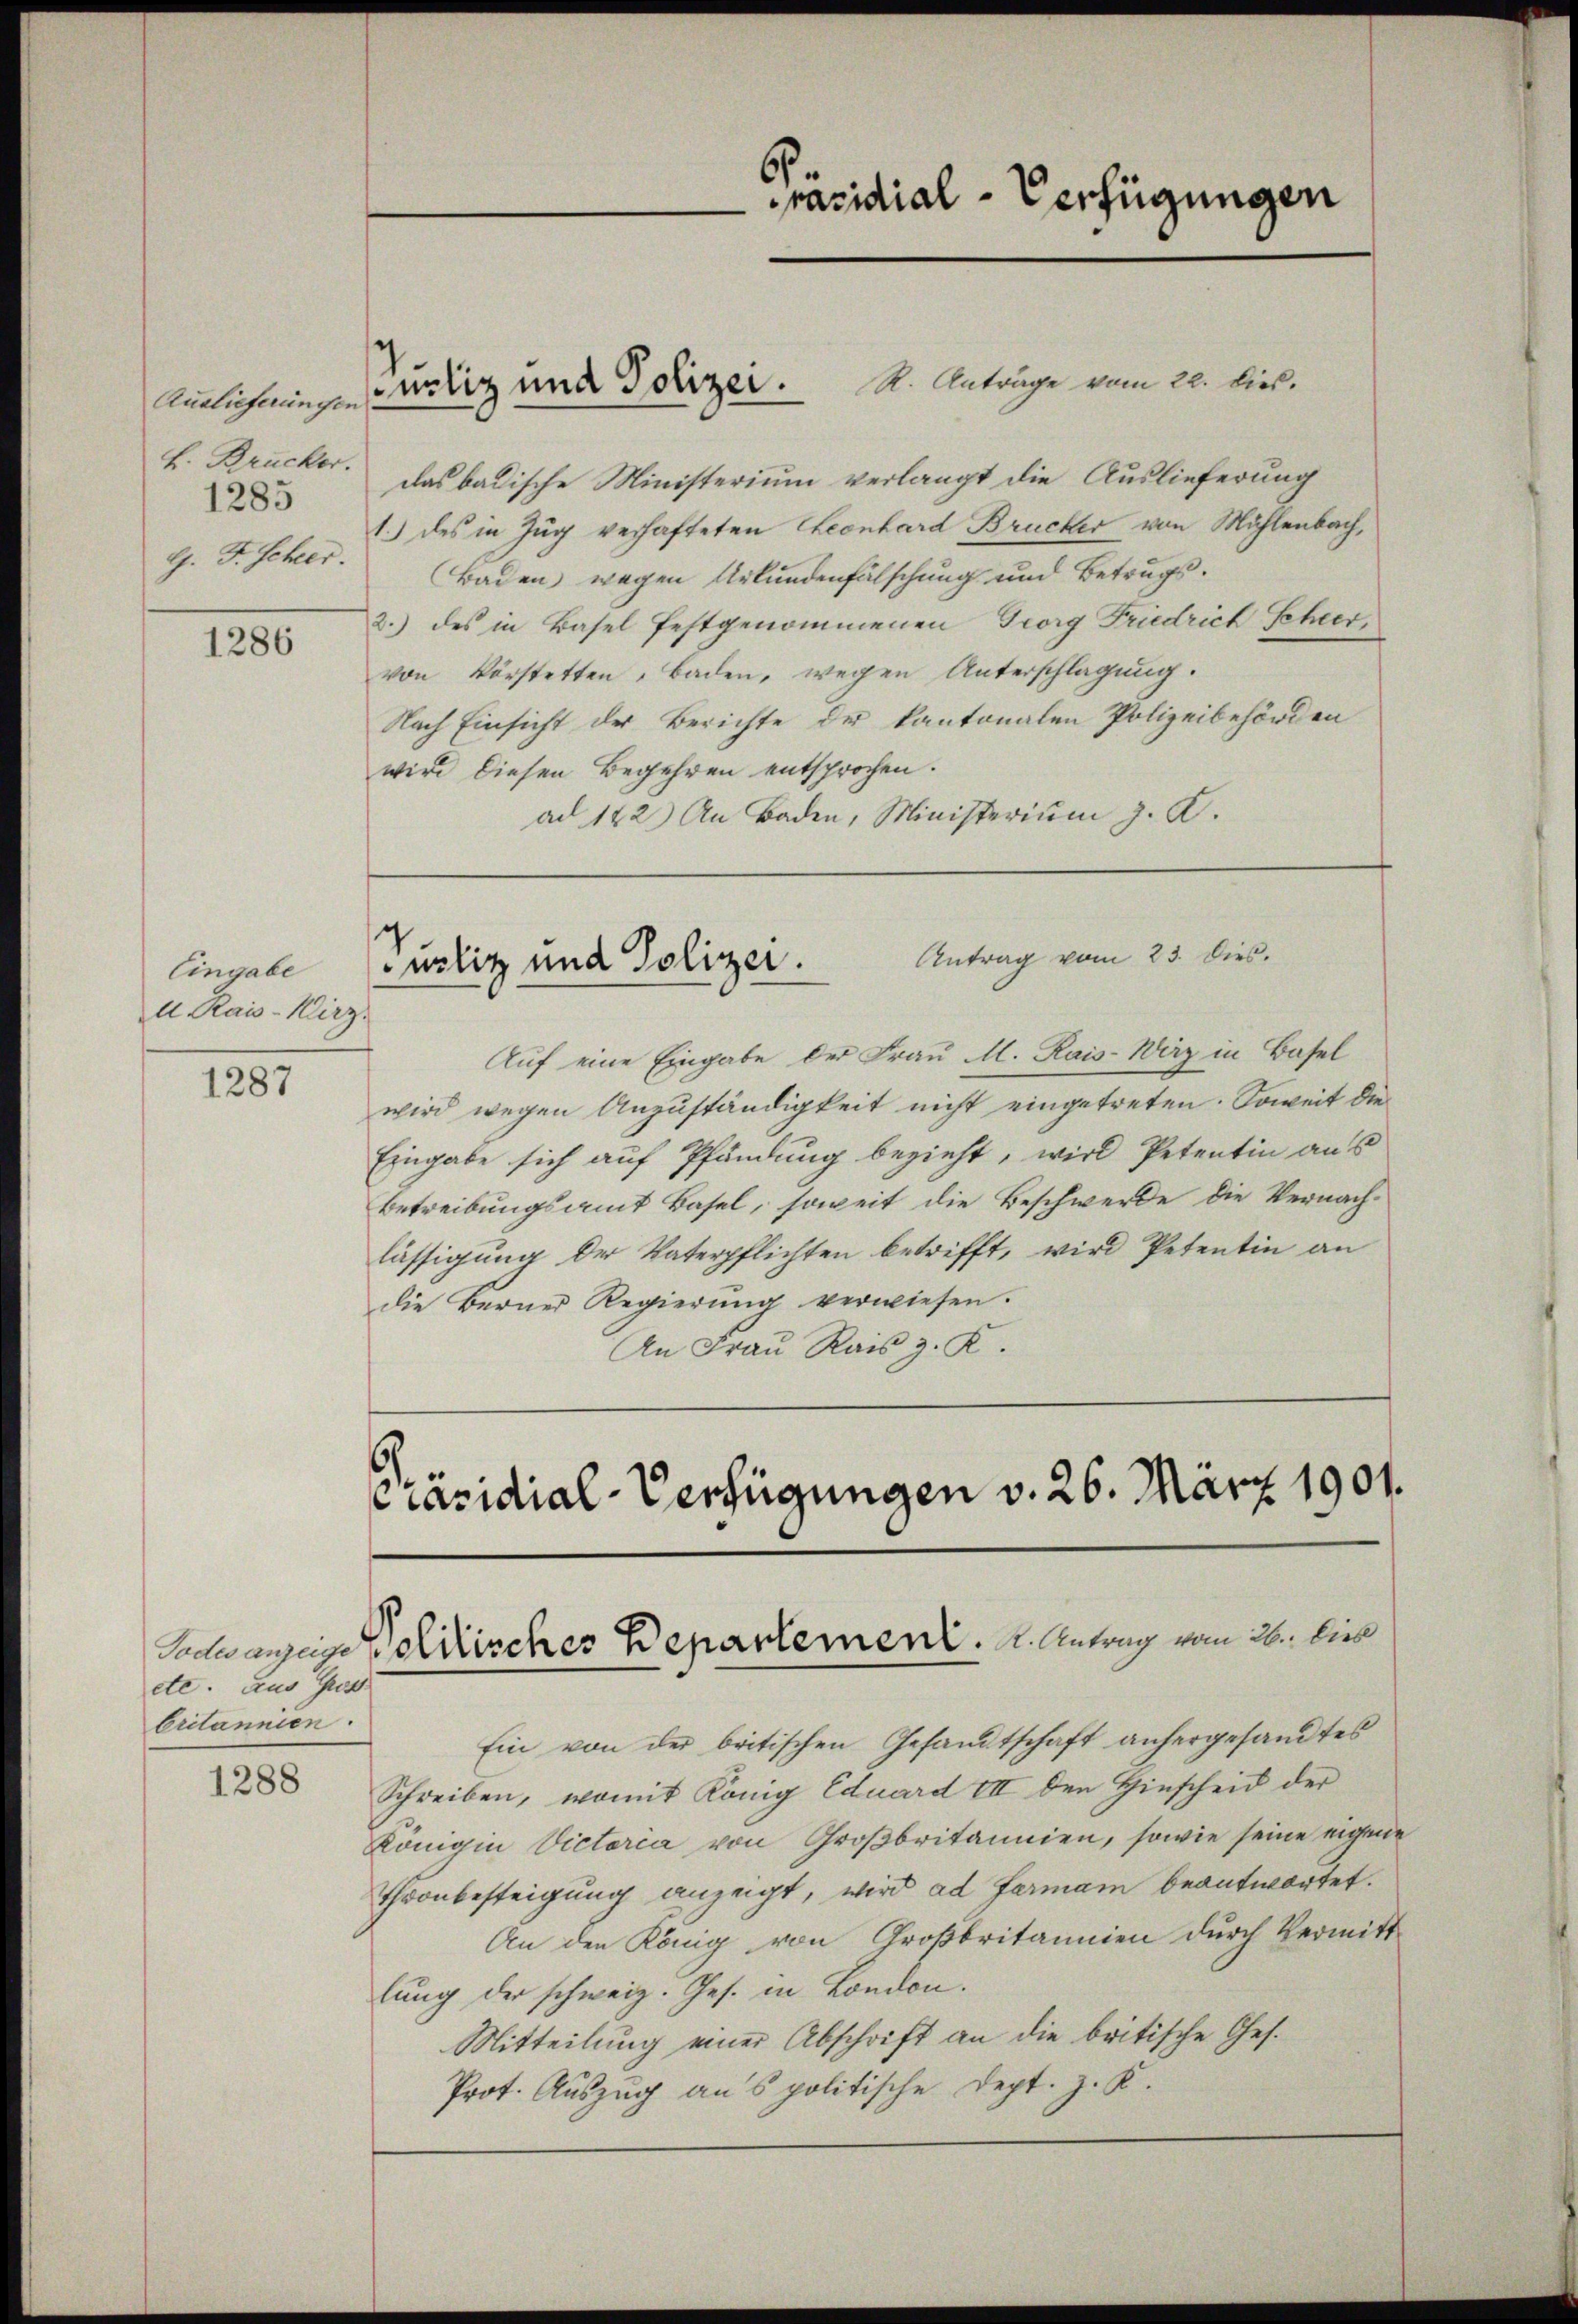
Auslieferungen
L. Brucker.
1285
G. F. Scher.

1286

Eingabe
A. Rais-Kirz.

1287

etc. aus Gross
britannien.

1288

das badische Ministerium verlangt die Auslieferung
1.) des in Zug verhafteten Leonhard Brucker von Mühlenbach,
Baden wegen Urkundenfälschung und Betrugs¬
2.) des in Basel festgenommenen Georg Friedrich Scheervon Vorstetten, Baden, wegen Unterschlagung.
Nach Einsicht der Berichte der kantonalen Polizeibehörden
wird diesen Begehren entsprochen.
ad 142) An Baden, Ministerium J. A.

Justiz und Polizei. A. Anträge vom 22. lieb.

Präsidial-Verfügungen

Antrag vom 23. Dies.
nliz und Polizei.

Auf eine Eingabe der Frau M. Rais-Wirz in Basel
wird wegen Anzuständigkeit nicht eingetreten. Soweit die
Eingabe sich auf Pfändung bezieht, wird Petentin aus
betreibungsamt Basel, soweit die Beschwerde die Vernach-
lässigung der Vaterpflichten betrifft, wird Petentin an
die Berner Regierŭng verwiesen.
An Frau Rais z. K.
räsidial-Verfügungen v. 26. März 1901.

Sadwanzeige Politisches Departement. A. Antrag vom 26. dies

Ein von der britischen Gesandtschaft anhergesandtes
Schreiben, womit König Eduard VII den Hinscheid der
Königin Victoria von Großbritannien, sowie seine eigene
Thronbesteigung anzeigt, wird ad fermann beantwortet.
An den König von Großbritannien durch Vermitt
lung der schweiz. Ges. in London.
Mitteilung einer Abschrift an die britische Ges.
Prot. Auszug aus politische Dept. J. K.